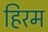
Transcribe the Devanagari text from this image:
हिरम